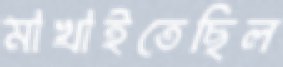
মাখাইতেছিল